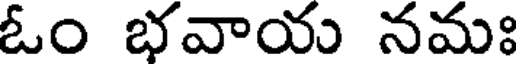
ఓం భవాయ నమః